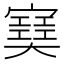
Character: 𡫟